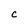
Character: c